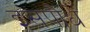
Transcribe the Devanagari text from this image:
इसपौधे